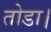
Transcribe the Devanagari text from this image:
तोडा।